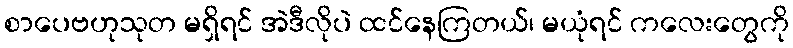
စာပေဗဟုသုတ မရှိရင် အဲဒီလိုပဲ ထင်နေကြတယ်၊ မယုံရင် ကလေးတွေကို